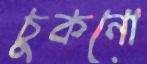
চুকনো